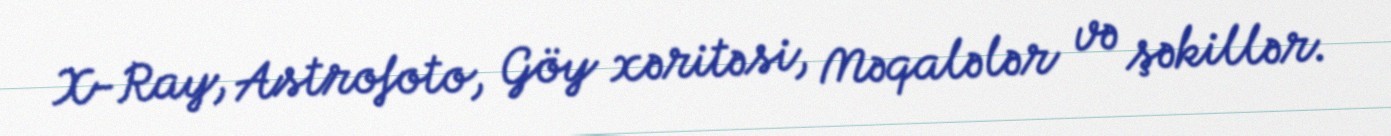
X-Ray, Astrofoto, Göy xəritəsi, Məqalələr və şəkillər.